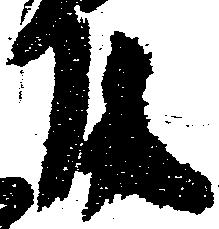
殿